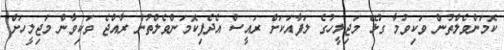
ކޮމަންވެލްތުން ވަކިވުމާ ގުޅޭ މަޖިލީހުގެ ލަފާއަކަށް ރައީސް އެދެފިކޮމަންވެލްތުން ރާއްޖެ ވަކިވާން މަޖިލީހަށް